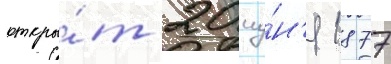
откры́т 20 иу́н'я 1877